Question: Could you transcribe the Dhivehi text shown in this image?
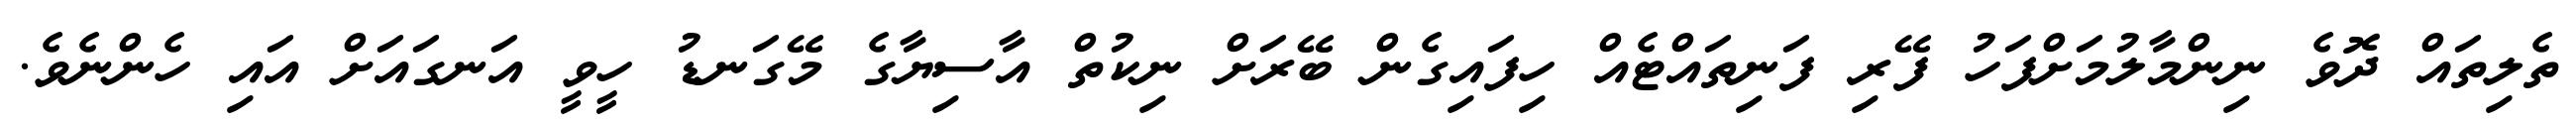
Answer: ތެލިތައް ދޮވެ ނިންމާލުމަށްފަހު ފޭރި ފަނިތައްޓެއް ހިފައިގެން ބޭރަށް ނިކުތް އާސިޔާގެ މޭގަނޑު ހީވީ އަނގައަށް އައި ހެންނެވެ.